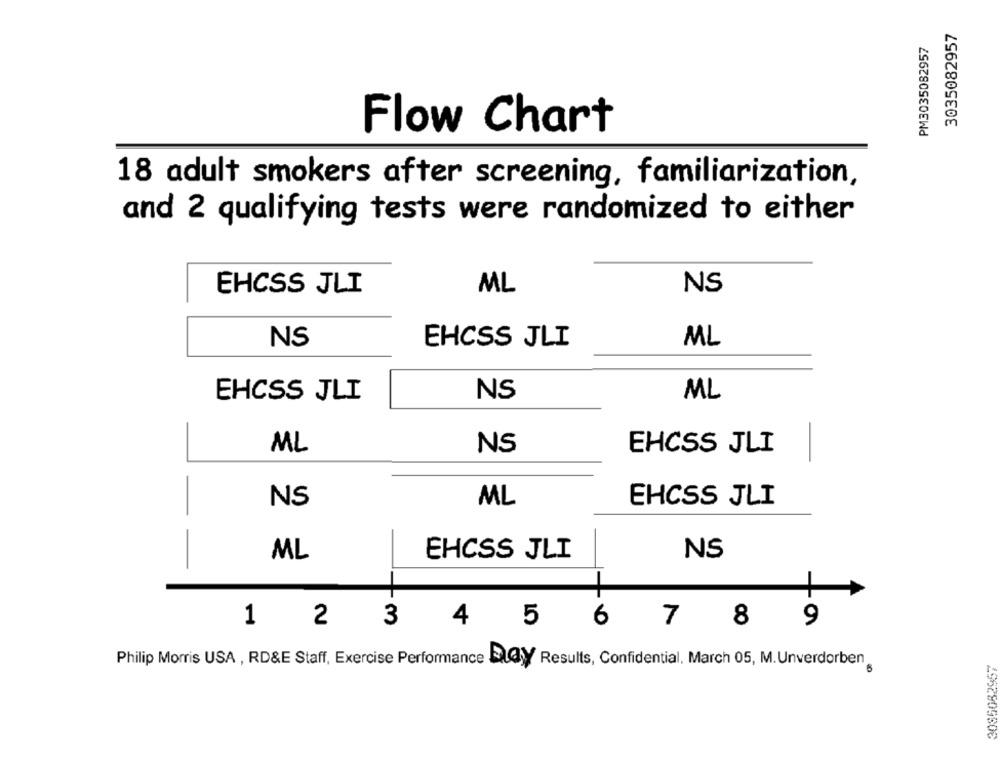
3035082957
PM3035082957
Flow Chart
18 adult smokers after screening, familiarization,
and 2 qualifying tests were randomized to either
EHCSS JLI
NS
ML
NS
EHCSS JLI
ML
EHCSS JLI
NS
ML
ML
NS
EHCSS JLI
-
NS
ML
EHCSS JLI
-
ML
EHCSS JLI
NS
-
1
2
3
4
6
7
8
£
9
5
Philip Morris USA , RD&E Staff, Exercise Performance EGY Results, Confidential, March 05, M. Unverdorben
3085082957